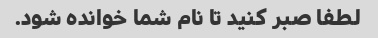
لطفا صبر کنید تا نام شما خوانده شود.